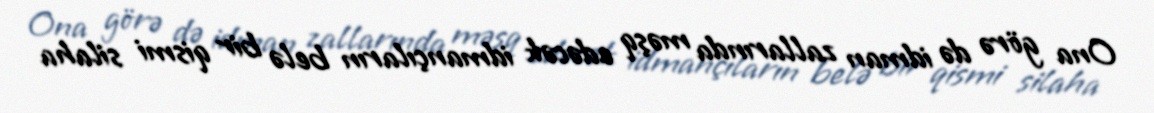
Ona görə də idman zallarında məşq edəcək idmançıların belə bir qismi silaha